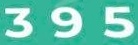
395